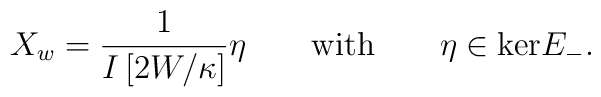
X_w = \frac{1}{I\left[ 2W/\kappa\right]} \eta \qquad\mbox{with}\qquad\eta\in\mbox{ker}E_- .